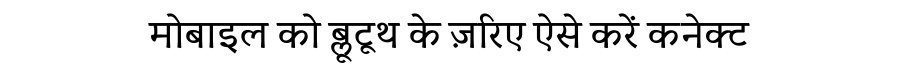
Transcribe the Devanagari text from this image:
मोबाइल को ब्लूटूथ के ज़रिए ऐसे करें कनेक्ट